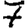
Digit: 7